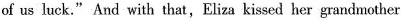
of us luck."And with that,Eliza kissed her grandmother